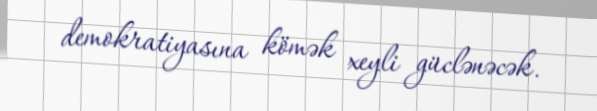
demokratiyasına kömək xeyli güclənəcək.